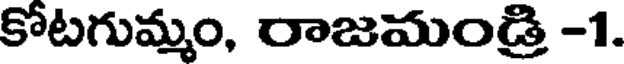
కోటగుమ్మం, రాజమండ్రి -1.